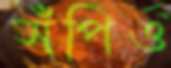
সঁপিও